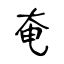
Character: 奄